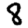
Digit: 8